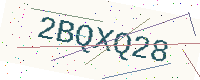
Text: 2BQXQ28